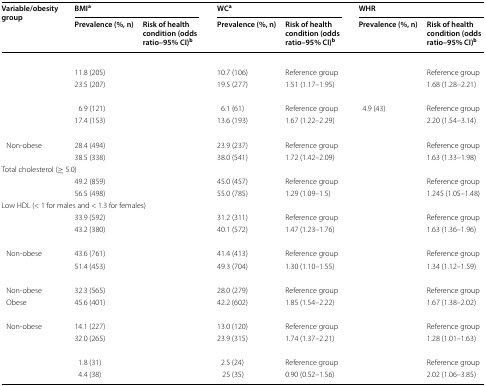
<table><thead><tr><td rowspan="2"><b>Variable/obesity group</b></td><td colspan="2"><b>BMI<sup>a</sup></b></td><td colspan="2"><b>WC<sup>a</sup></b></td><td colspan="2"><b>WHR</b></td></tr><tr><td><b>Prevalence (%, n)</b></td><td><b>Risk of health condition (odds ratio–95% CI)<sup>b</sup></b></td><td><b>Prevalence (%, n)</b></td><td><b>Risk of health condition (odds ratio–95% CI)<sup>b</sup></b></td><td><b>Prevalence (%, n)</b></td><td><b>Risk of health condition (odds ratio–95% CI)<sup>b</sup></b></td></tr></thead><tbody><tr><td colspan="7">[EMPTY_CELL]</td></tr><tr><td>[EMPTY_CELL]</td><td>11.8 (205)</td><td>[EMPTY_CELL]</td><td>10.7 (106)</td><td>Reference group</td><td>[EMPTY_CELL]</td><td>Reference group</td></tr><tr><td>[EMPTY_CELL]</td><td>23.5 (207)</td><td>[EMPTY_CELL]</td><td>19.5 (277)</td><td>1.51 (1.17–1.95)</td><td>[EMPTY_CELL]</td><td>1.68 (1.28–2.21)</td></tr><tr><td colspan="7">[EMPTY_CELL]</td></tr><tr><td>[EMPTY_CELL]</td><td>6.9 (121)</td><td>[EMPTY_CELL]</td><td>6.1 (61)</td><td>Reference group</td><td>4.9 (43)</td><td>Reference group</td></tr><tr><td>[EMPTY_CELL]</td><td>17.4 (153)</td><td>[EMPTY_CELL]</td><td>13.6 (193)</td><td>1.67 (1.22–2.29)</td><td>[EMPTY_CELL]</td><td>2.20 (1.54–3.14)</td></tr><tr><td colspan="7">[EMPTY_CELL]</td></tr><tr><td> Non-obese</td><td>28.4 (494)</td><td>[EMPTY_CELL]</td><td>23.9 (237)</td><td>Reference group</td><td>[EMPTY_CELL]</td><td>Reference group</td></tr><tr><td>[EMPTY_CELL]</td><td>38.5 (338)</td><td>[EMPTY_CELL]</td><td>38.0 (541)</td><td>1.72 (1.42–2.09)</td><td>[EMPTY_CELL]</td><td>1.63 (1.33–1.98)</td></tr><tr><td colspan="7">Total cholesterol (≥ 5.0)</td></tr><tr><td>[EMPTY_CELL]</td><td>49.2 (859)</td><td>[EMPTY_CELL]</td><td>45.0 (457)</td><td>Reference group</td><td>[EMPTY_CELL]</td><td>Reference group</td></tr><tr><td>[EMPTY_CELL]</td><td>56.5 (498)</td><td>[EMPTY_CELL]</td><td>55.0 (785)</td><td>1.29 (1.09–1.5)</td><td>[EMPTY_CELL]</td><td>1.245 (1.05–1.48)</td></tr><tr><td colspan="7">Low HDL (&lt; 1 for males and &lt; 1.3 for females)</td></tr><tr><td>[EMPTY_CELL]</td><td>33.9 (592)</td><td>[EMPTY_CELL]</td><td>31.2 (311)</td><td>Reference group</td><td>[EMPTY_CELL]</td><td>Reference group</td></tr><tr><td>[EMPTY_CELL]</td><td>43.2 (380)</td><td>[EMPTY_CELL]</td><td>40.1 (572)</td><td>1.47 (1.23–1.76)</td><td>[EMPTY_CELL]</td><td>1.63 (1.36–1.96)</td></tr><tr><td colspan="7">[EMPTY_CELL]</td></tr><tr><td> Non-obese</td><td>43.6 (761)</td><td>[EMPTY_CELL]</td><td>41.4 (413)</td><td>Reference group</td><td>[EMPTY_CELL]</td><td>Reference group</td></tr><tr><td>[EMPTY_CELL]</td><td>51.4 (453)</td><td>[EMPTY_CELL]</td><td>49.3 (704)</td><td>1.30 (1.10–1.55)</td><td>[EMPTY_CELL]</td><td>1.34 (1.12–1.59)</td></tr><tr><td colspan="7">[EMPTY_CELL]</td></tr><tr><td> Non-obese</td><td>32.3 (565)</td><td>[EMPTY_CELL]</td><td>28.0 (279)</td><td>Reference group</td><td>[EMPTY_CELL]</td><td>Reference group</td></tr><tr><td> Obese</td><td>45.6 (401)</td><td>[EMPTY_CELL]</td><td>42.2 (602)</td><td>1.85 (1.54–2.22)</td><td>[EMPTY_CELL]</td><td>1.67 (1.38–2.02)</td></tr><tr><td colspan="7">[EMPTY_CELL]</td></tr><tr><td> Non-obese</td><td>14.1 (227)</td><td>[EMPTY_CELL]</td><td>13.0 (120)</td><td>Reference group</td><td>[EMPTY_CELL]</td><td>Reference group</td></tr><tr><td>[EMPTY_CELL]</td><td>32.0 (265)</td><td>[EMPTY_CELL]</td><td>23.9 (315)</td><td>1.74 (1.37–2.21)</td><td>[EMPTY_CELL]</td><td>1.28 (1.01–1.63)</td></tr><tr><td colspan="7">[EMPTY_CELL]</td></tr><tr><td>[EMPTY_CELL]</td><td>1.8 (31)</td><td>[EMPTY_CELL]</td><td>2.5 (24)</td><td>Reference group</td><td>[EMPTY_CELL]</td><td>Reference group</td></tr><tr><td>[EMPTY_CELL]</td><td>4.4 (38)</td><td>[EMPTY_CELL]</td><td>25 (35)</td><td>0.90 (0.52–1.56)</td><td>[EMPTY_CELL]</td><td>2.02 (1.06–3.85)</td></tr></tbody></table>